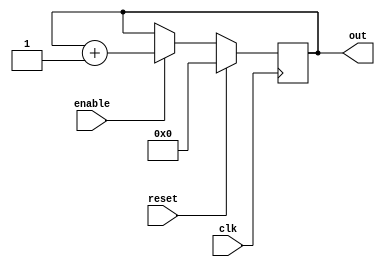
// 8counter.v
module counter(out, clk, enable,reset);
    output[7:0]  out; 
    input clk, reset, enable;
    reg[7:0] out;
    // clk
    always @ (posedge clk) begin
        if(reset) begin
            // resettrue
            // 8'b08,b0
            out <= 8'b0;
        end else if(enable) begin
            // enbaletrue
            // out1
            out <= out + 1;
        end
    end
endmodule